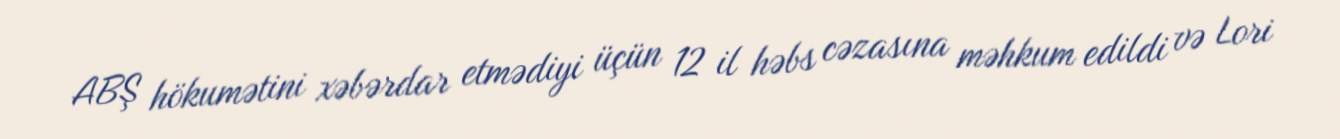
ABŞ hökumətini xəbərdar etmədiyi üçün 12 il həbs cəzasına məhkum edildi və Lori